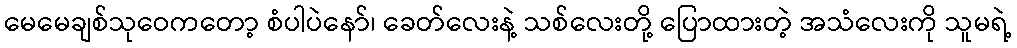
မေမေချစ်သုဝေကတော့ စံပါပဲနော်၊ ခေတ်လေးနဲ့ သစ်လေးတို့ ပြောထားတဲ့ အသံလေးကို သူမရဲ့